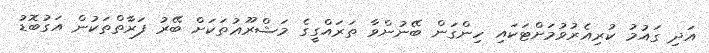
އަދި ގައުމު ކުރިއެރުވުމަށްޓަކައި ހިންގަން ބޭނުންވާ ތަރައްގީގެ މަޝްރޫޢުތަކަށް ބޭރު ފަރާތްތަކުން އަގުބޮޑު